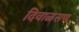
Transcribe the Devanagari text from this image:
दिवाळसण